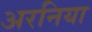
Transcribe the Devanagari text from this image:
अरनिया